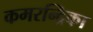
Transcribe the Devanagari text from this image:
कमरन्द्रिका